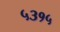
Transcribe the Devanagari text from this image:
५३१५